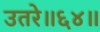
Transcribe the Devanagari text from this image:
उतरे॥६४॥